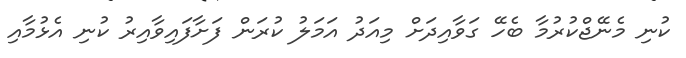
ކުނި މެނޭޖްކުރުމާ ބެހޭ ގަވާއިދަށް މިއަދު އަމަލު ކުރަން ފަށާފައިވާއިރު ކުނި އެޅުމާއި